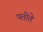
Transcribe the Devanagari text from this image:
पतीते